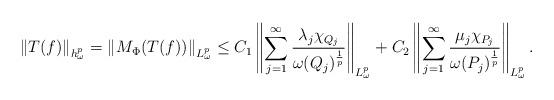
LaTeX: \begin{align*}\left \| T(f) \right \|_{h_{\omega}^{p}}=\left \| M_{\Phi}(T(f)) \right \|_{L_{\omega}^{p}}\leq C_{1}\left \|\sum\limits_{j=1}^{\infty}\frac{\lambda_j \chi_{Q_j}}{\omega(Q_j)^{\frac{1}{p}}}\right \|_{L_{\omega}^{p}}+C_{2}\left \|\sum\limits_{j=1}^{\infty}\frac{\mu_j \chi_{P_j}}{\omega(P_j)^{\frac{1}{p}}}\right \|_{L_{\omega}^{p}}.\end{align*}